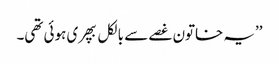
’’یہ خاتون غصے سے بالکل بپھری ہوئی تھی۔